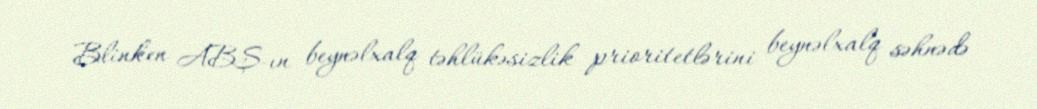
Blinken ABŞ-ın beynəlxalq təhlükəsizlik prioritetlərini beynəlxalq səhnədə